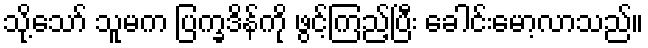
သို့သော် သူမက ပြက္ခဒိန်ကို ဖွင့်ကြည့်ပြီး ခေါင်းမော့လာသည်။